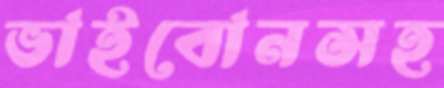
ভাইবোনসহ